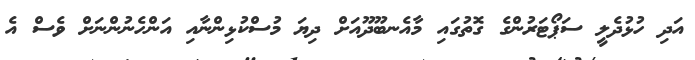
އަދި ހުޅުދެލީ ސަޕޯޓަރުންގެ ގޮތުގައި މާއެނބޫދޫއަށް ދިޔަ މުސްކުޅިންނާއި އަންހެނުންނަށް ވެސް އެ